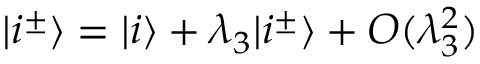
| i ^ { \pm } \rangle = | i \rangle + \lambda _ { 3 } | i ^ { \pm } \rangle + { \cal O } ( \lambda _ { 3 } ^ { 2 } )